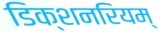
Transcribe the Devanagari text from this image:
डिक्शनरियम्